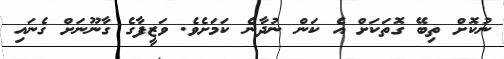
ނުކޮށް ތިބޭ ގޮތަކަށް އެ ކަން ނުދާނެ ކަމަށެވެ. ވަޒީފާގެ ގާނޫނަށް ގެނައި